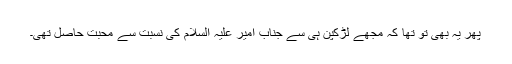
پھر یہ بھی تو تھا کہ مجھے لڑکپن ہی سے جناب امیر علیہ السلام کی نسبت سے محبت حاصل تھی۔